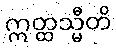
ဣတ္ထသ္မီတိ